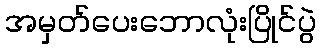
အမှတ်ပေးဘောလုံးပြိုင်ပွဲ